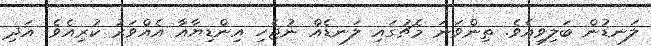
ލަނޑުން ބަލިވިއެވެ. ތިންވަނަ މެޗުގައި ލަނޑެއް ނުޖެހި އިންޑިޔާއާ އެއްވަރު ކުރިއެވެ. އަދި